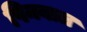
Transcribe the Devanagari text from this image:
पिनबाल